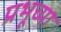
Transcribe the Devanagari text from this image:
प्रभूच्या